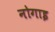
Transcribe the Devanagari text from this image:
नोगाइ